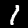
Digit: 1